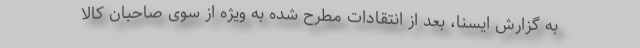
به گزارش ایسنا، بعد از انتقادات مطرح شده به ویژه از سوی صاحبان کالا